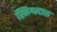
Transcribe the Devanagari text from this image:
स्निग्धदारु